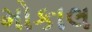
મોકાલ